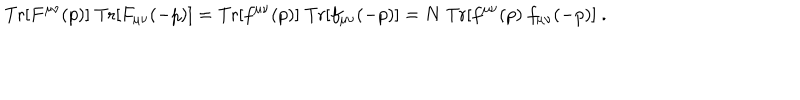
\mathrm { T r } [ F ^ { \mu \nu } ( p ) ] ~ \mathrm { T r } [ F _ { \mu \nu } ( - p ) ] = \mathrm { T r } [ f ^ { \mu \nu } ( p ) ] ~ \mathrm { T r } [ f _ { \mu \nu } ( - p ) ] = N ~ \mathrm { T r } [ f ^ { \mu \nu } ( p ) ~ f _ { \mu \nu } ( - p ) ] ~ .